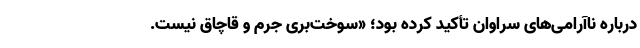
درباره ناآرامی‌های سراوان تأکید کرده بود؛ «سوخت‌بری جرم و قاچاق نیست.